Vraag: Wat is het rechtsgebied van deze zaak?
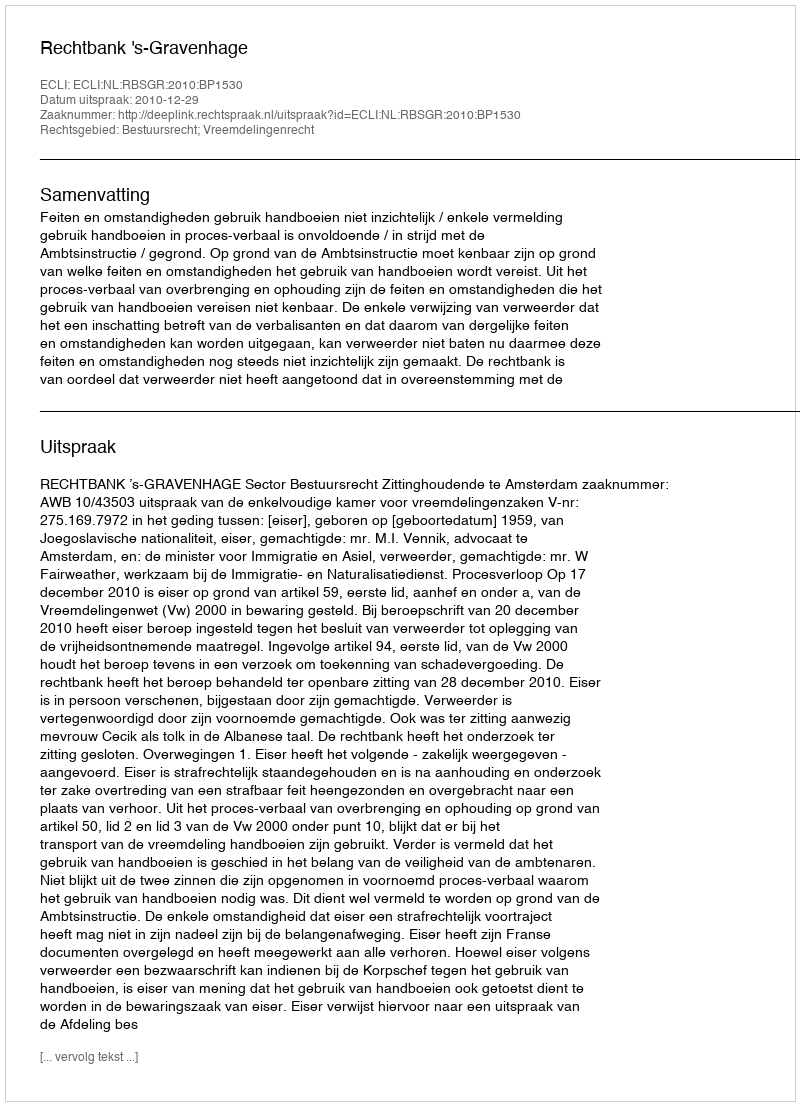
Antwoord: Bestuursrecht; Vreemdelingenrecht